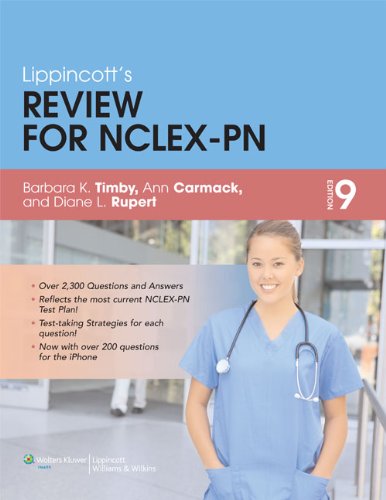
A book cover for Lippincott Review for NCLEX-PN (Lippincott's Review for NCLEX-PN); Barbara Kuhn Timby BSN  MA  RNC; Medical Books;